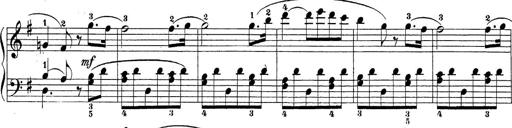
Title: Sonatina Album
Composer: Louis KÃ¶hler